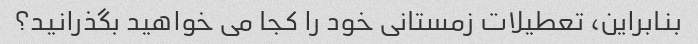
بنابراین، تعطیلات زمستانی خود را کجا می خواهید بگذرانید؟